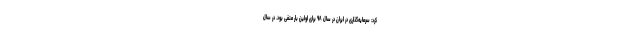
کرد: سرمایه‌گذاری در ایران در سال ۹۸ برای اولین بار منفی بود. در سال